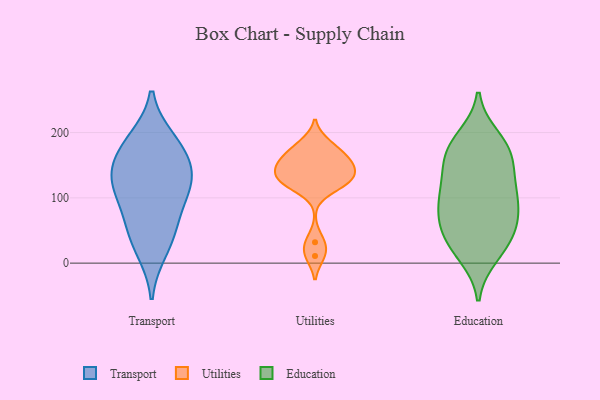
{"axis": {"x": "Shipments", "y": "Value"}, "legend": ["Education", "Transport", "Utilities"], "data": [{"x": "", "y": 161, "type": "Transport"}, {"x": "", "y": 65, "type": "Transport"}, {"x": "", "y": 188, "type": "Transport"}, {"x": "", "y": 109, "type": "Transport"}, {"x": "", "y": 180, "type": "Transport"}, {"x": "", "y": 133, "type": "Transport"}, {"x": "", "y": 114, "type": "Transport"}, {"x": "", "y": 49, "type": "Transport"}, {"x": "", "y": 20, "type": "Transport"}, {"x": "", "y": 132, "type": "Transport"}, {"x": "", "y": 184, "type": "Utilities"}, {"x": "", "y": 141, "type": "Utilities"}, {"x": "", "y": 11, "type": "Utilities"}, {"x": "", "y": 173, "type": "Utilities"}, {"x": "", "y": 129, "type": "Utilities"}, {"x": "", "y": 151, "type": "Utilities"}, {"x": "", "y": 121, "type": "Utilities"}, {"x": "", "y": 131, "type": "Utilities"}, {"x": "", "y": 32, "type": "Utilities"}, {"x": "", "y": 118, "type": "Utilities"}, {"x": "", "y": 159, "type": "Utilities"}, {"x": "", "y": 155, "type": "Utilities"}, {"x": "", "y": 63, "type": "Education"}, {"x": "", "y": 176, "type": "Education"}, {"x": "", "y": 21, "type": "Education"}, {"x": "", "y": 12, "type": "Education"}, {"x": "", "y": 102, "type": "Education"}, {"x": "", "y": 163, "type": "Education"}, {"x": "", "y": 71, "type": "Education"}, {"x": "", "y": 87, "type": "Education"}, {"x": "", "y": 146, "type": "Education"}, {"x": "", "y": 182, "type": "Education"}, {"x": "", "y": 29, "type": "Education"}, {"x": "", "y": 52, "type": "Education"}, {"x": "", "y": 162, "type": "Education"}, {"x": "", "y": 192, "type": "Education"}, {"x": "", "y": 123, "type": "Education"}, {"x": "", "y": 109, "type": "Education"}, {"x": "", "y": 51, "type": "Education"}, {"x": "", "y": 103, "type": "Education"}]}